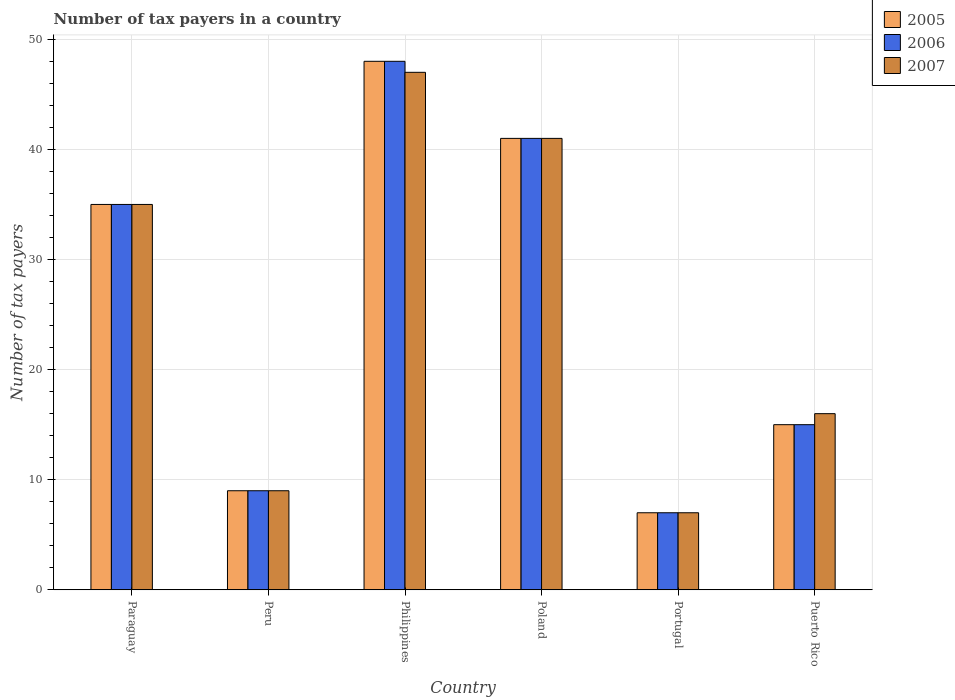
| Country | 2005 | 2006 | 2007 |
 | --- | --- | --- | --- |
 | Paraguay | 35 | 35 | 35 |
 | Peru | 9 | 9 | 9 |
 | Philippines | 48 | 48 | 47 |
 | Poland | 41 | 41 | 41 |
 | Portugal | 7 | 7 | 7 |
 | Puerto Rico | 15 | 15 | 16 |